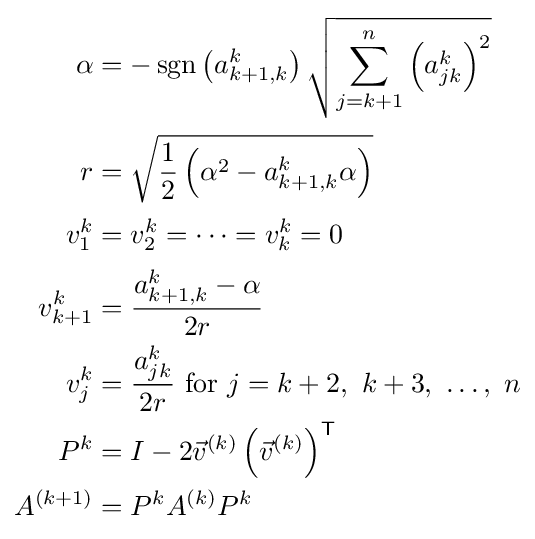
{\begin{aligned}\alpha &=-\operatorname {sgn} \left(a_{k+1,k}^{k}\right){\sqrt {\sum _{j=k+1}^{n}\left(a_{jk}^{k}\right)^{2}}}\\[2pt]r&={\sqrt {{\frac {1}{2}}\left(\alpha ^{2}-a_{k+1,k}^{k}\alpha \right)}}\\[2pt]v_{1}^{k}&=v_{2}^{k}=\cdots =v_{k}^{k}=0\\[2pt]v_{k+1}^{k}&={\frac {a_{k+1,k}^{k}-\alpha }{2r}}\\v_{j}^{k}&={\frac {a_{jk}^{k}}{2r}}{\text{ for }}j=k+2,\ k+3,\ \ldots ,\ n\\P^{k}&=I-2{\vec {v}}^{(k)}\left({\vec {v}}^{(k)}\right)^{\textsf {T}}\\A^{(k+1)}&=P^{k}A^{(k)}P^{k}\end{aligned}}